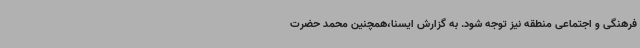
فرهنگی و اجتماعی منطقه نیز توجه شود. به گزارش ایسنا،همچنین محمد حضرت